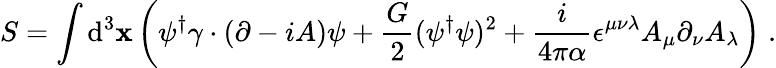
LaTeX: S=\int\mathrm{d}^{3}\mathbf{x}\left(\psi^{\dagger}\gamma\cdot(\partial-iA)\psi+\frac{{G}}{{2}}(\psi^{\dagger}\psi)^{2}+\frac{{i}}{{4\pi\alpha}}\epsilon^{\mu\nu\lambda}A_{\mu}\partial_{\nu}A_{\lambda}\right)\; .